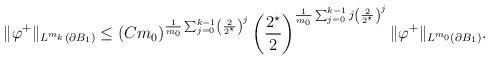
LaTeX: \begin{align*}\|\varphi^{+}\|_{L^{m_{k}}(\partial B_1)} &\leq(C m_0)^{\frac{1}{m_{0}} \sum_{j = 0}^{k-1} \left(\frac{2}{2^{\star}}\right)^{j} } \left(\frac{2^{\star}}{2}\right)^{\frac{1}{m_{0}} \sum_{j = 0}^{k-1} j\left(\frac{2}{2^{\star}}\right)^{j} } \|\varphi^{+}\|_{L^{m_{0}}(\partial B_1)}.\end{align*}